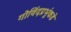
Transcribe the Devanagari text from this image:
गोविंदप्रभुंकडे